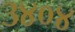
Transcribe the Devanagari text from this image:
३४०४